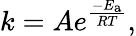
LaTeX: k=Ae^{\frac{-E_{\mathrm{{a}}}}{RT}},